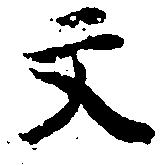
文